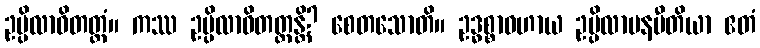
ဥပ္ပိလာဝိတတ္တံ။ ကဿ ဥပ္ပိလာဝိတတ္တန္တိ? စေတသောတိ။ ဥဒ္ဓစ္စာဝဟာယ ဥပ္ပိလာပနပီတိယာ ဧတံ